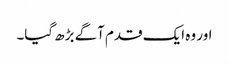
اور وہ ایک قدم آگے بڑھ گیا۔